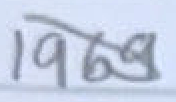
Text: 1969
Cross-out: diagonal
Writing tool: pencil